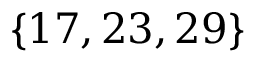
\lbrace 1 7 , 2 3 , 2 9 \rbrace